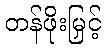
တန်ဖိုးမြှင့်